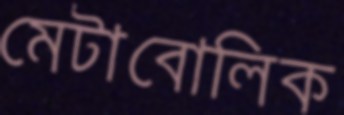
মেটাবোলিক